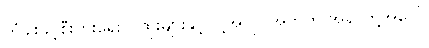
တံခါးဖွင့်စီးပွားရေး ပုထိုးများနှင့် ငါ့အလုပ်အတွက် အရာတို့အပေါ်